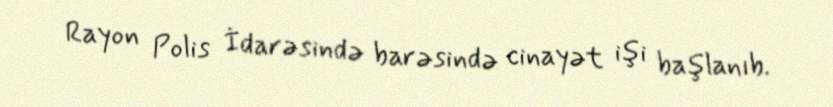
Rayon Polis İdarəsində barəsində cinayət işi başlanıb.